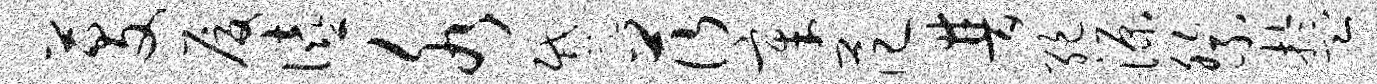
芟厦僖水蹙茨章范普绝源祭盂